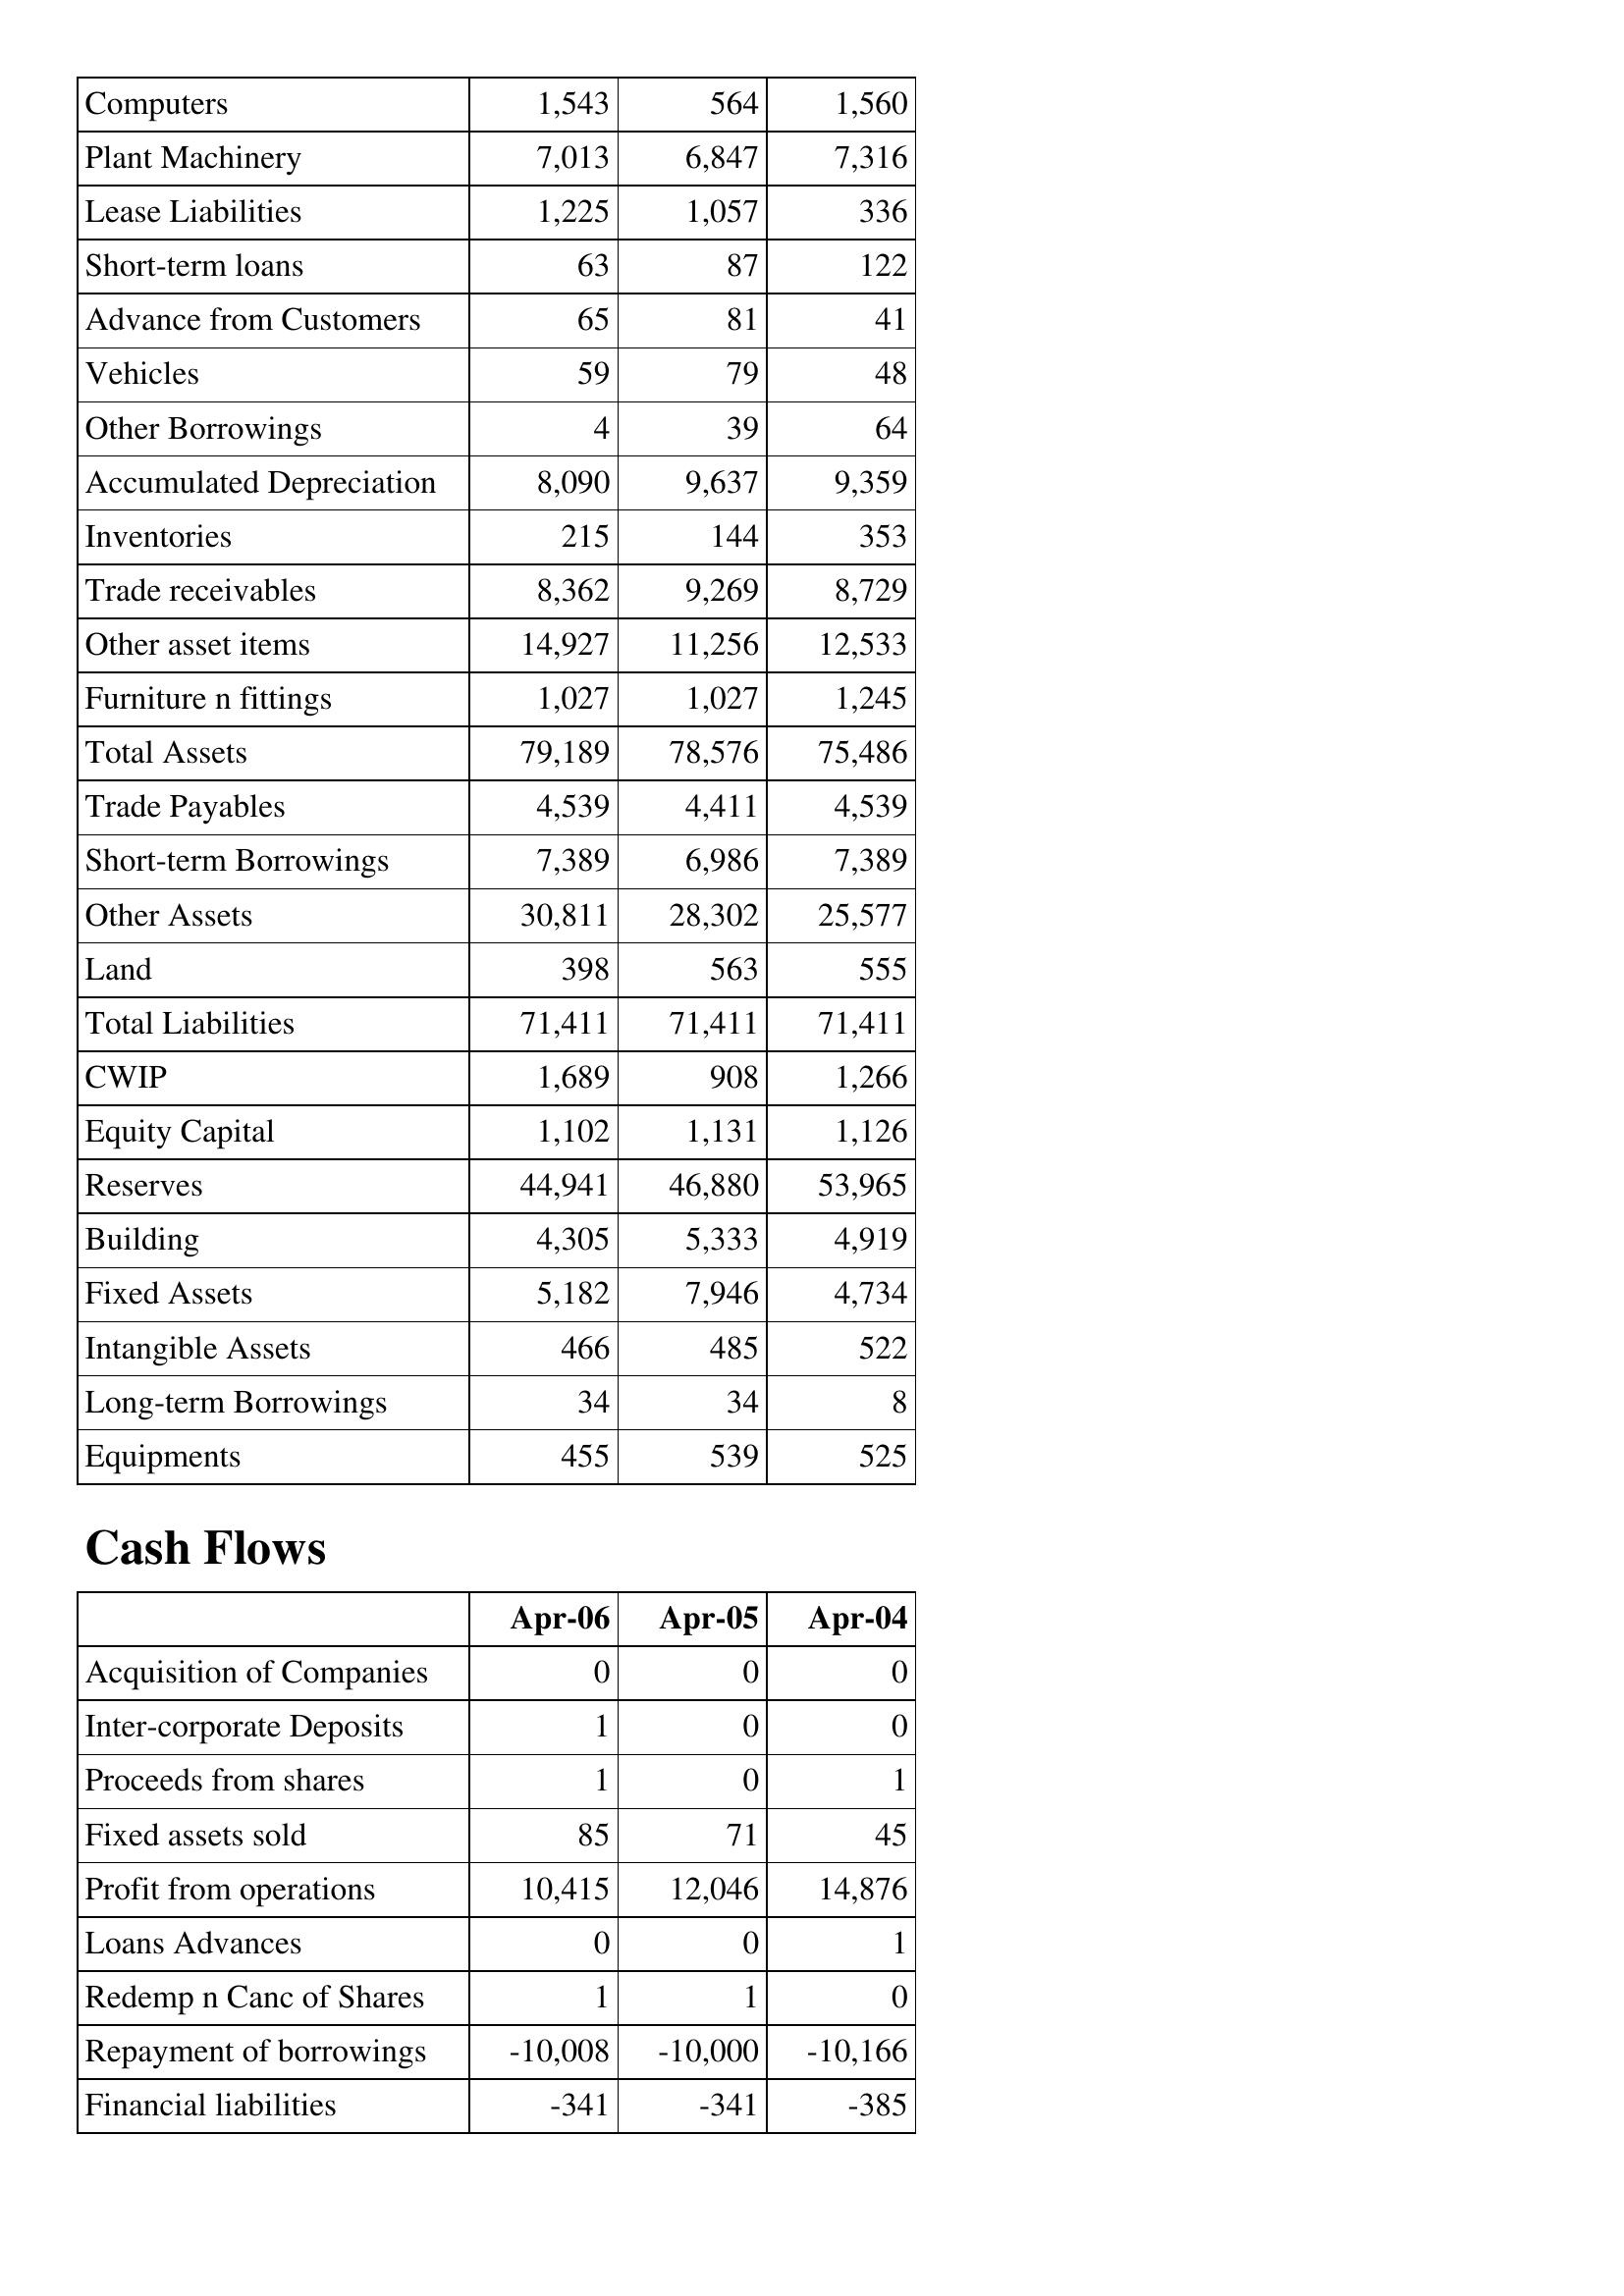
Apr-06: Balance Sheet: Computers: 1,543
Plant Machinery: 7,013
Lease Liabilities: 1,225
Short-term loans: 63
Advance from Customers: 65
Vehicles: 59
Other Borrowings: 4
Accumulated Depreciation: 8,090
Inventories: 215
Trade receivables: 8,362
Other asset items: 14,927
Furniture n fittings: 1,027
Total Assets: 79,189
Trade Payables: 4,539
Short-term Borrowings: 7,389
Other Assets: 30,811
Land: 398
Total Liabilities: 71,411
CWIP: 1,689
Equity Capital: 1,102
Reserves: 44,941
Building: 4,305
Fixed Assets: 5,182
Intangible Assets: 466
Long-term Borrowings: 34
Equipments: 455
Cash Flows: Acquisition of Companies: 0
Inter-corporate Deposits: 1
Proceeds from shares: 1
Fixed assets sold: 85
Profit from operations: 10,415
Loans Advances: 0
Redemp n Canc of Shares: 1
Repayment of borrowings: -10,008
Financial liabilities: -341
Apr-05: Balance Sheet: Computers: 564
Plant Machinery: 6,847
Lease Liabilities: 1,057
Short-term loans: 87
Advance from Customers: 81
Vehicles: 79
Other Borrowings: 39
Accumulated Depreciation: 9,637
Inventories: 144
Trade receivables: 9,269
Other asset items: 11,256
Furniture n fittings: 1,027
Total Assets: 78,576
Trade Payables: 4,411
Short-term Borrowings: 6,986
Other Assets: 28,302
Land: 563
Total Liabilities: 71,411
CWIP: 908
Equity Capital: 1,131
Reserves: 46,880
Building: 5,333
Fixed Assets: 7,946
Intangible Assets: 485
Long-term Borrowings: 34
Equipments: 539
Cash Flows: Acquisition of Companies: 0
Inter-corporate Deposits: 0
Proceeds from shares: 0
Fixed assets sold: 71
Profit from operations: 12,046
Loans Advances: 0
Redemp n Canc of Shares: 1
Repayment of borrowings: -10,000
Financial liabilities: -341
Apr-04: Balance Sheet: Computers: 1,560
Plant Machinery: 7,316
Lease Liabilities: 336
Short-term loans: 122
Advance from Customers: 41
Vehicles: 48
Other Borrowings: 64
Accumulated Depreciation: 9,359
Inventories: 353
Trade receivables: 8,729
Other asset items: 12,533
Furniture n fittings: 1,245
Total Assets: 75,486
Trade Payables: 4,539
Short-term Borrowings: 7,389
Other Assets: 25,577
Land: 555
Total Liabilities: 71,411
CWIP: 1,266
Equity Capital: 1,126
Reserves: 53,965
Building: 4,919
Fixed Assets: 4,734
Intangible Assets: 522
Long-term Borrowings: 8
Equipments: 525
Cash Flows: Acquisition of Companies: 0
Inter-corporate Deposits: 0
Proceeds from shares: 1
Fixed assets sold: 45
Profit from operations: 14,876
Loans Advances: 1
Redemp n Canc of Shares: 0
Repayment of borrowings: -10,166
Financial liabilities: -385